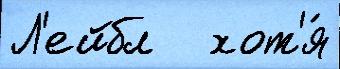
Л'ейбл   хот'я́